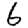
Digit: 6